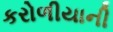
કરોળીયાની